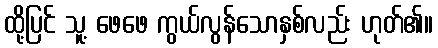
ထို့ပြင် သူ့ ဖေဖေ ကွယ်လွန်သောနှစ်လည်း ဟုတ်၏။